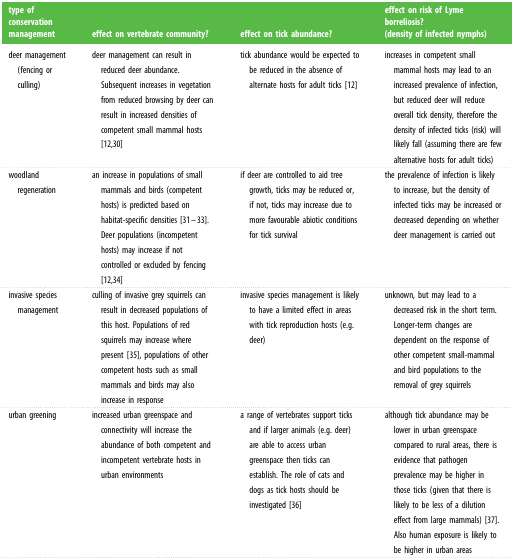
<table><thead><tr><td><b>type of conservation management</b></td><td><b>effect on vertebrate community?</b></td><td><b>effect on tick abundance?</b></td><td><b>effect on risk of Lyme borreliosis? (density of infected nymphs)</b></td></tr></thead><tbody><tr><td>deer management (fencing or culling)</td><td>deer management can result in reduced deer abundance. Subsequent increases in vegetation from reduced browsing by deer can result in increased densities of competent small mammal hosts [12,30]</td><td>tick abundance would be expected to be reduced in the absence of alternate hosts for adult ticks [12]</td><td>increases in competent small mammal hosts may lead to an increased prevalence of infection, but reduced deer will reduce overall tick density, therefore the density of infected ticks (risk) will likely fall (assuming there are few alternative hosts for adult ticks)</td></tr><tr><td>woodland regeneration</td><td>an increase in populations of small mammals and birds (competent hosts) is predicted based on habitat-specific densities [31–33]. Deer populations (incompetent hosts) may increase if not controlled or excluded by fencing [12,34]</td><td>if deer are controlled to aid tree growth, ticks may be reduced or, if not, ticks may increase due to more favourable abiotic conditions for tick survival</td><td>the prevalence of infection is likely to increase, but the density of infected ticks may be increased or decreased depending on whether deer management is carried out</td></tr><tr><td>invasive species management</td><td>culling of invasive grey squirrels can result in decreased populations of this host. Populations of red squirrels may increase where present [35], populations of other competent hosts such as small mammals and birds may also increase in response</td><td>invasive species management is likely to have a limited effect in areas with tick reproduction hosts (e.g. deer)</td><td>unknown, but may lead to a decreased risk in the short term. Longer-term changes are dependent on the response of other competent small-mammal and bird populations to the removal of grey squirrels</td></tr><tr><td>urban greening</td><td>increased urban greenspace and connectivity will increase the abundance of both competent and incompetent vertebrate hosts in urban environments</td><td>a range of vertebrates support ticks and if larger animals (e.g. deer) are able to access urban greenspace then ticks can establish. The role of cats and dogs as tick hosts should be investigated [36]</td><td>although tick abundance may be lower in urban greenspace compared to rural areas, there is evidence that pathogen prevalence may be higher in those ticks (given that there is likely to be less of a dilution effect from large mammals) [37]. Also human exposure is likely to be higher in urban areas</td></tr></tbody></table>